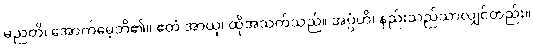
မညတိ၊ အောက်မေ့ဘိ၏။ ဧတံ အာယု၊ ထိုအသက်သည်။ အပ္ပံဟိ၊ နည်းသည်သာလျှင်တည်း။